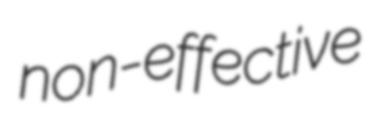
non-effective